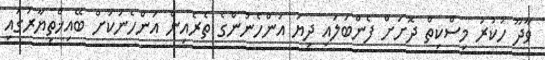
ވާދޫ ހުކުރު މިސްކިތް ދޮށަށް ފެންބަލައި ދިޔަ އަންހެނުންގެ ތެރެއިން އަންހެނަކަށް ބޭއިޚްތިޔާރުގައި